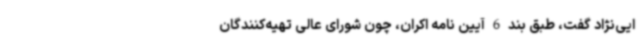
ایی‌نژاد گفت، طبق بند 6 آیین نامه اکران، چون شورای عالی تهیه‌کنندگان